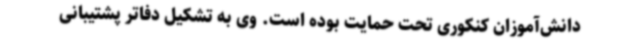
دانش‌آموزان کنکوری تحت حمایت بوده است. وی به تشکیل دفاتر پشتیبانی